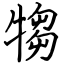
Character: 犓